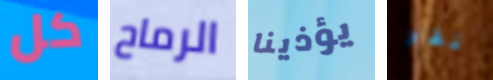
كل الرماح يؤذينا نقر